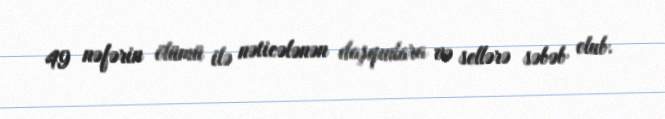
49 nəfərin ölümü ilə nəticələnən daşqınlara və sellərə səbəb olub.